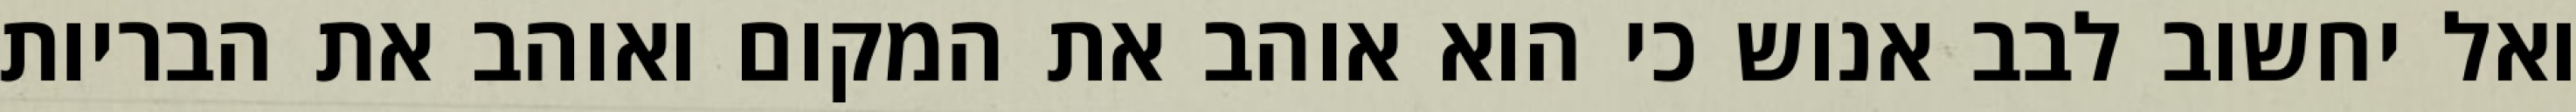
ואל יחשוב לבב אנוש כי הוא אוהב את המקום ואוהב את הבריות